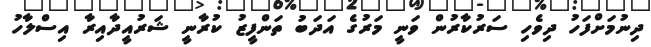
ދިނުމަށްފަހު ދިވެހި ސަރުކާރުން ވަނީ މަރުގެ އަދަބު ތަންފީޒު ކުރާނީ ޝަރުއީދާއިރާ އިސްލާހު